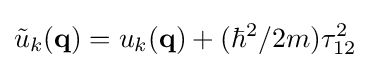
{\tilde {u}}_{k}(\mathbf {q} )=u_{k}(\mathbf {q} )+(\hbar ^{2}/2m)\tau _{12}^{2}